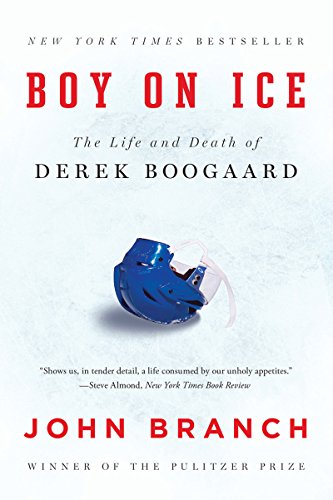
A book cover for Boy on Ice: The Life and Death of Derek Boogaard; John Branch; Biographies & Memoirs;